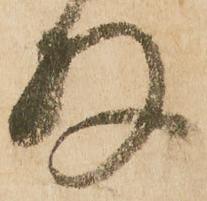
存